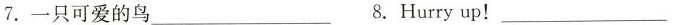
7.一只可爱的鸟___ 8.Hurry up!___